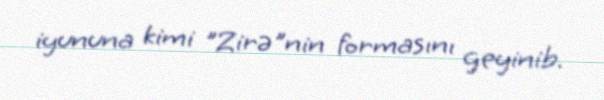
iyununa kimi "Zirə"nin formasını geyinib.